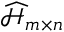
\widehat { \mathcal { H } } _ { m \times n }